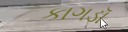
કાગડૉ